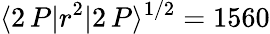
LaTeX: \langle 2\, P|r^{2}|2\, P\rangle^{1/2}=1560